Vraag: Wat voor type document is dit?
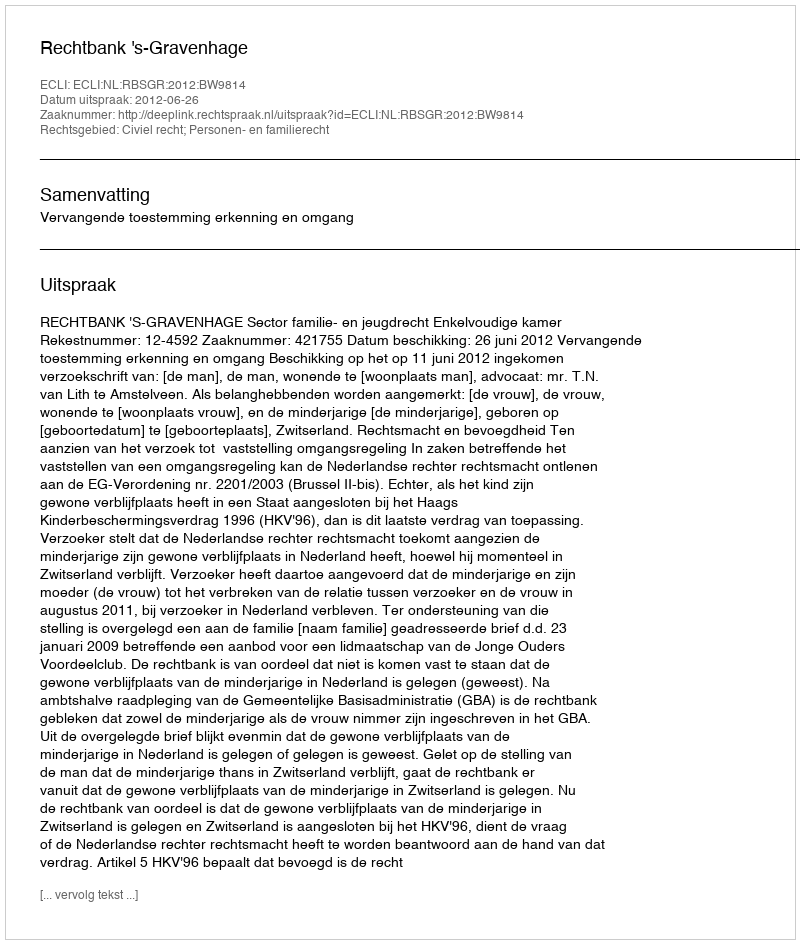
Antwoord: Uitspraak